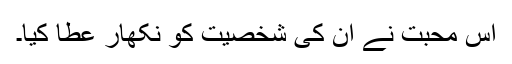
اس محبت نے ان کی شخصیت کو نکھار عطا کیا۔